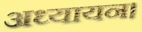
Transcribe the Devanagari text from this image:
अध्यायन।